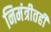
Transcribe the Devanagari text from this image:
निमंत्रीतही